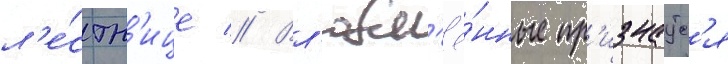
л'е́стн'ице // Вл'юбл'ё́нные пр'изнаутс'я